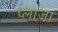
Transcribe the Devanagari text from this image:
प्‍लाजा